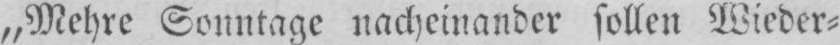
„Mehre Sonntage nacheinander sollen Wieder⸗